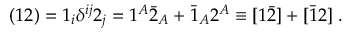
( { 1 2 } ) = 1 _ { i } \delta ^ { i j } 2 _ { j } = 1 ^ { A } \bar { 2 } _ { A } + \bar { 1 } _ { A } 2 ^ { A } \equiv [ 1 \bar { 2 } ] + [ \bar { 1 } 2 ] \; .